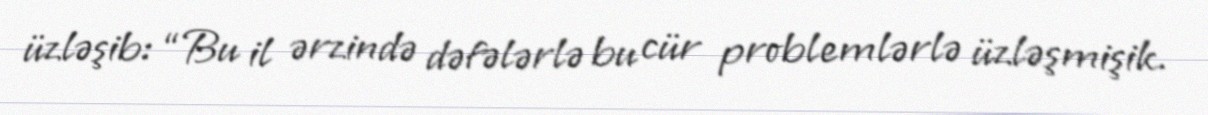
üzləşib: “Bu il ərzində dəfələrlə bu cür problemlərlə üzləşmişik.